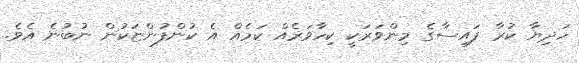
ހަދިޔާ ކުރާ ފައިސާގެ މިންވަރަކީ ކިހާވަރެއް ކަމެއް އެ ކުންފުންޏަކުން ނުބުނެ އެވެ.